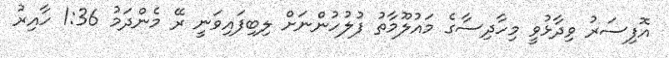
އޮފިސަރު ވިދާޅުވީ މިހާދިސާގެ މައުލޫމާތު ފުލުހުންނަށް ލިބިފައިވަނީ ރޭ މެންދަމު 1:36 ހާއިރު